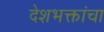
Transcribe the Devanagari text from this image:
देशभक्तांचा